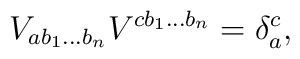
V_{ab_1\ldots b_n}V^{cb_1\ldots b_n}=\delta_a^c,